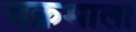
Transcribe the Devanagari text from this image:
चक्रमाला